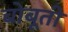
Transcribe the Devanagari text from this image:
बोबूती